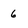
Character: 6